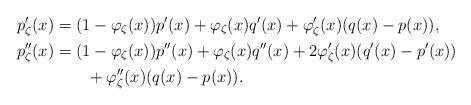
LaTeX: \begin{align*}p_{\zeta}'(x) &= (1 - \varphi_{\zeta}(x))p'(x) + \varphi_{\zeta}(x) q'(x) + \varphi_{\zeta}'(x)(q(x) - p(x)), \\p_{\zeta}''(x) &= (1 - \varphi_{\zeta}(x))p''(x) + \varphi_{\zeta}(x) q''(x) + 2\varphi_{\zeta}'(x)(q'(x) - p'(x)) \\&\qquad+ \varphi_{\zeta}''(x)(q(x) - p(x)).\end{align*}